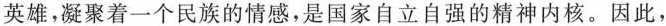
英雄，凝聚着一个民族的情感，是国家自立自强的精神内核。因此，